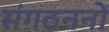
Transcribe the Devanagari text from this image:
संगठननों